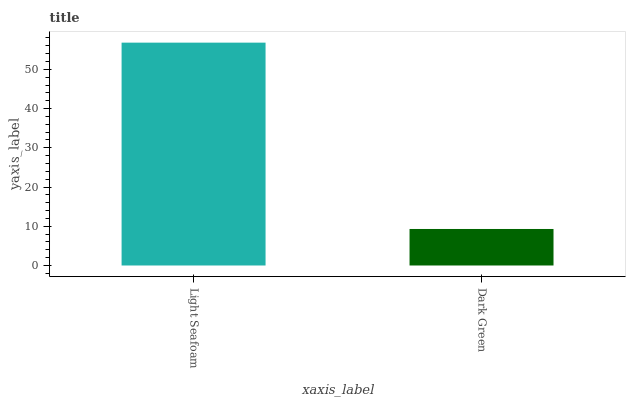
| xaxis_label | bars |
 | --- | --- |
 | Light Seafoam | 56.8 |
 | Dark Green | 9.31 |